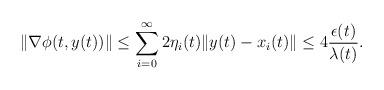
LaTeX: \begin{align*}\| \nabla \phi(t,y(t)) \|&\leq \sum\limits_{i=0}^{\infty}2 \eta_i(t) \|y(t) - x_i(t)\| \leq 4\frac{\epsilon(t)}{ \lambda(t)}.\end{align*}